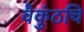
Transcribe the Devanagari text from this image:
वैकुंठचि